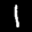
Label: 1